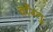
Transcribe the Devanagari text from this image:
वाँग्तु